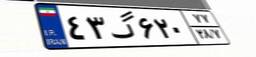
۴۳گ۶۲۰۷۷